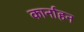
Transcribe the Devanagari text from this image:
कार्नाहन